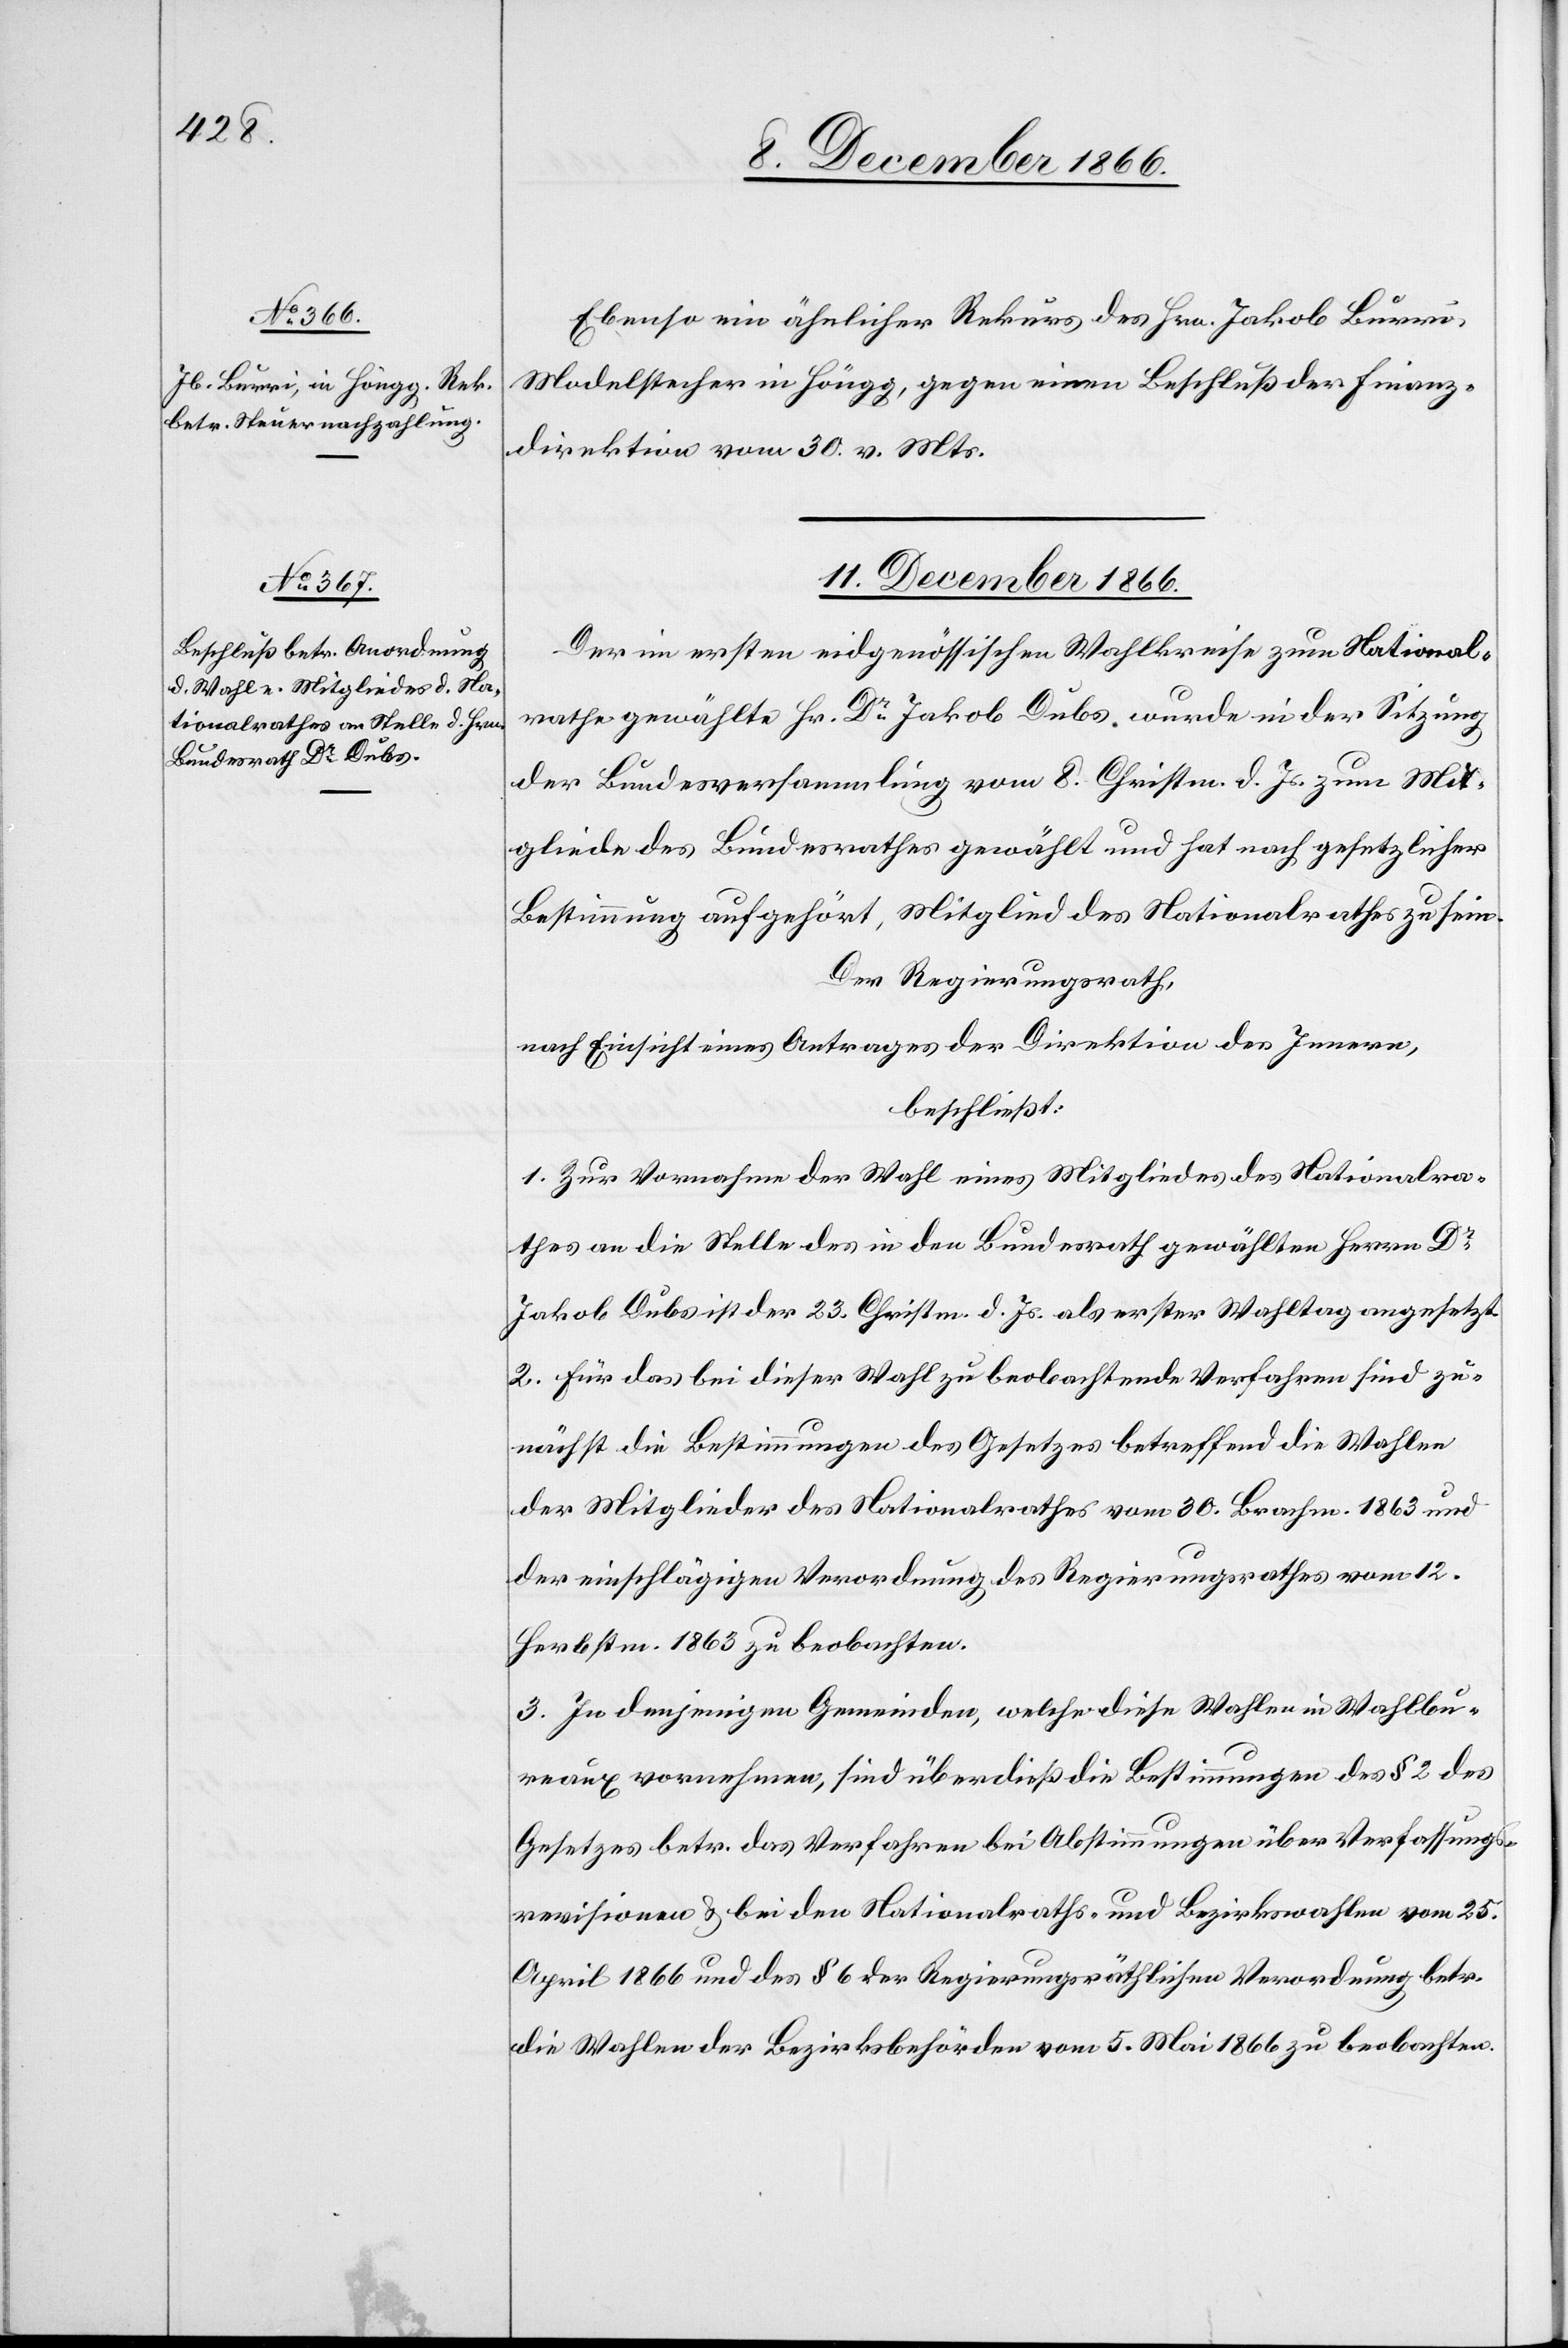
10. December 1866.]
Ebenso ein ähnlicher Rekurs des Hrn. Jakob Burri,
Modelstecher in Höngg, gegen einen Beschluß der Finanz¬
direktion vom 30. v. Mts.
11. December 1866.
Der im ersten eidgenössischen Wahlkreise zum National¬
rathe gewählte Hr. Dr. Jakob Dubs wurde in der Sitzung
der Bundesversammlung vom 8. Christm. d. Js. zum Mit¬
gliede des Bundesrathes gewählt und hat nach gesetzlicher
Bestimmung aufgehört, Mitglied des Nationalrathes zu sein.
Der Regierungsrath,
nach Einsicht eines Antrages der Direktion des Innern,
beschließt:
1. Zur Vornahme der Wahl eines Mitgliedes des Nationalra¬
thes an die Stelle des in den Bundesrath gewählten Herrn Dr.
Jakob Dubs ist der 23. Christm. d. Js. als erster Wahltag angesetzt.
2. Für das bei dieser Wahl zu beobachtende Verfahren sind zu¬
nächst die Bestimmungen des Gesetzes betreffend die Wahlen
der Mitglieder des Nationalrathes vom 30. Brachm. 1863 und
der einschlägigen Verordnung des Regierungsrathes vom 12.
Herbstm. 1863 zu beobachten.
3. In denjenigen Gemeinden, welche diese Wahlen in Wahlbu¬
reaux vornehmen, sind überdieß die Bestimmungen des § 2 des
Gesetzes betr. das Verfahren bei Abstimmungen über Verfassungs¬
revisionen & bei den Nationalraths- und Bezirkswahlen vom 25.
April 1866 und des § 6 der Regierungsräthlichen Verordnung betr.
die Wahlen der Bezirksbehörden vom 5. Mai 1866 zu beobachten.